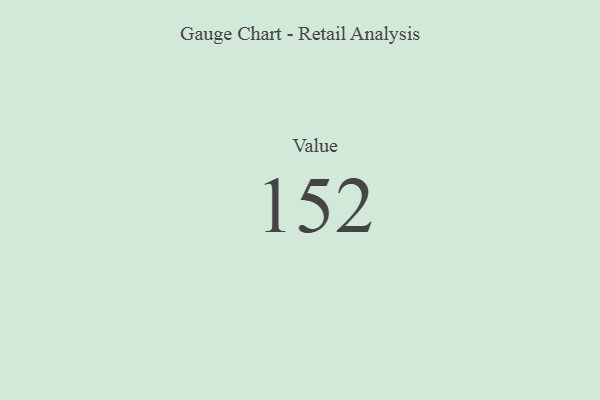
{"axis": {"x": "Metric", "y": "Value"}, "legend": [""], "data": [{"x": "Value", "y": 152, "type": ""}]}